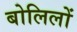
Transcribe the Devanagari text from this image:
बोलिलों